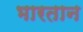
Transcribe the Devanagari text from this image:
भारतान